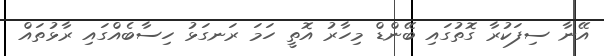
އޭނާ ސިފަކުރާ ގޮތުގައި ބޭންޑް މިހާރު އޮތީ ހަމަ ރަނގަޅު ހިސާބެއްގައި ރާޅުތައް